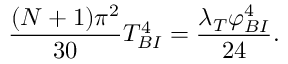
\frac { ( N + 1 ) \pi ^ { 2 } } { 3 0 } T _ { B I } ^ { 4 } = \frac { \lambda _ { T } \varphi _ { B I } ^ { 4 } } { 2 4 } .